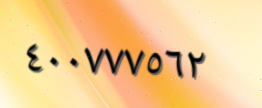
٤٠٠٧٧٧٥٦٢